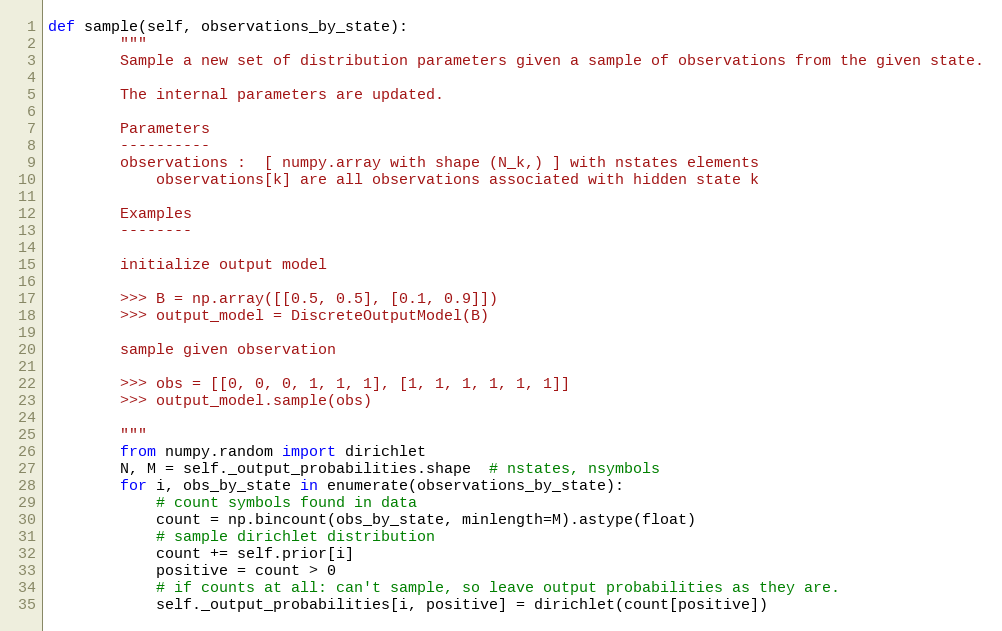
Language: Python
def sample(self, observations_by_state):
        """
        Sample a new set of distribution parameters given a sample of observations from the given state.

        The internal parameters are updated.

        Parameters
        ----------
        observations :  [ numpy.array with shape (N_k,) ] with nstates elements
            observations[k] are all observations associated with hidden state k

        Examples
        --------

        initialize output model

        >>> B = np.array([[0.5, 0.5], [0.1, 0.9]])
        >>> output_model = DiscreteOutputModel(B)

        sample given observation

        >>> obs = [[0, 0, 0, 1, 1, 1], [1, 1, 1, 1, 1, 1]]
        >>> output_model.sample(obs)

        """
        from numpy.random import dirichlet
        N, M = self._output_probabilities.shape  # nstates, nsymbols
        for i, obs_by_state in enumerate(observations_by_state):
            # count symbols found in data
            count = np.bincount(obs_by_state, minlength=M).astype(float)
            # sample dirichlet distribution
            count += self.prior[i]
            positive = count > 0
            # if counts at all: can't sample, so leave output probabilities as they are.
            self._output_probabilities[i, positive] = dirichlet(count[positive])